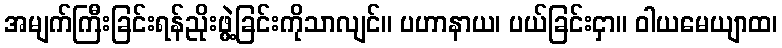
အမျက်ကြီးခြင်းရန်ညိုးဖွဲ့ခြင်းကိုသာလျင်။ ပဟာနာယ၊ ပယ်ခြင်းငှာ။ ဝါယမေယျာထ၊